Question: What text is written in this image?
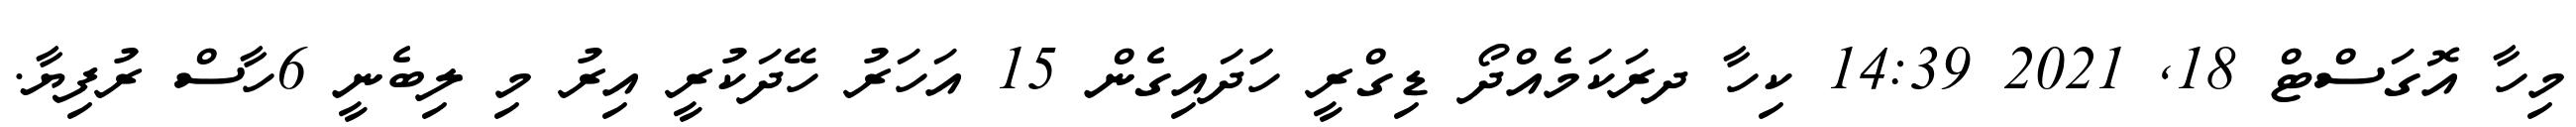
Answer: މިހާ އޮގަސްޓް 18, 2021 14:39 ކިހާ ދރަކަމެއްދޯ ޑިގްރީ ހަަދައިގެން 15 އަހަރު ހޭދަކުރީ އިރު މި ލިބެނީ 6ހާސް ރުފިޔާ.